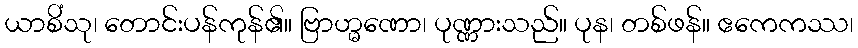
ယာစိံသု၊ တောင်းပန်ကုန်၏။ ဗြာဟ္မဏော၊ ပုဏ္ဏားသည်။ ပုန၊ တစ်ဖန်။ ဧကေကဿ၊